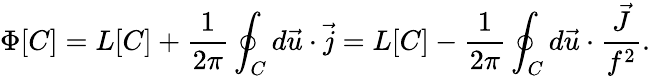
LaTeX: \Phi[C]=L[C]+\frac{1}{2\pi}\oint_{C}d\vec{u}\cdot\vec{j}=L[C]-\frac{1}{2\pi}\oint_{C}d\vec{u}\cdot\frac{\vec{J}}{f^{2}}.